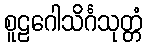
စူဠဂေါသိင်္ဂသုတ္တံ